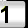
Digit: 1